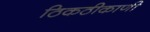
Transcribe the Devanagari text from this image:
ठिकठीकाणी